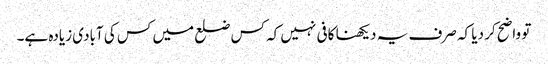
تو واضح کر دیا کہ صرف یہ دیکھنا کافی نہیں کہ کس ضلع میں کس کی آبادی زیادہ ہے۔